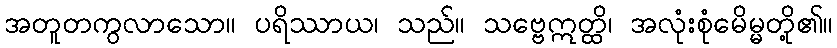
အတူတကွလာသော။ ပရိဿာယ၊ သည်။ သဗ္ဗေဣတ္ထိ၊ အလုံးစုံမေိမ္မတို့၏။